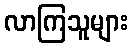
လာကြသူများ